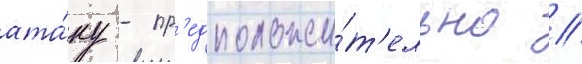
ата́ку - пр'едположи́т'ельно /